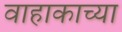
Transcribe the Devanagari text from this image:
वाहाकाच्या